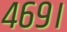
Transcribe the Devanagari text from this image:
४६९।